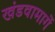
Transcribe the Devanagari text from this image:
खंडवामार्गे